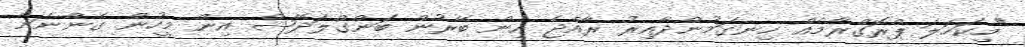
"މިކަހަލަ ޕްރޮގްރާމެއް ހިނގަމުންދާއިރު ރާއްޖެ އިން ބޭރުން ބަންގްލަދޭޝް އިން މީހުން ގެންނަން